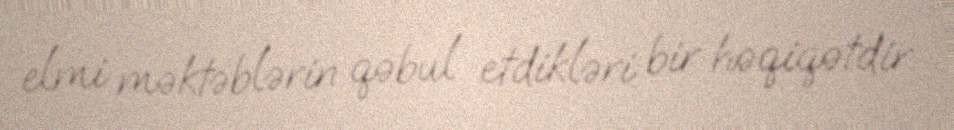
elmi məktəblərin qəbul etdikləri bir həqiqətdir.